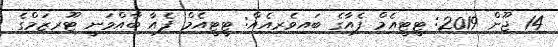
14 ޖޫން 2019: ޓީޓީއެމް ފެއާގެ ބައިވެރިއެއް: ޓީޓީއެމް ފެއާ ބާއްވަނީ ޓޫރިޒަމްގެ